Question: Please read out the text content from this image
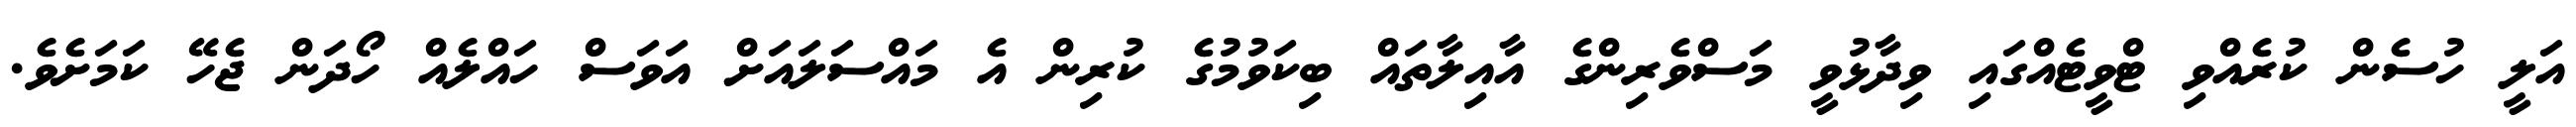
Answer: އަލީ ހުސެން ކުރެއްވި ޓްވީޓެއްގައި ވިދާޅުވީ މަސްވެރިންގެ އާއިލާތައް ބިކަވުމުގެ ކުރިން އެ މައްސަލައަށް އަވަސް ހައްލެއް ހޯދަން ޖެހޭ ކަމަށެވެ.